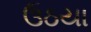
ઉઠયા